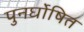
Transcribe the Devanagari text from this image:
पुनर्घोषित